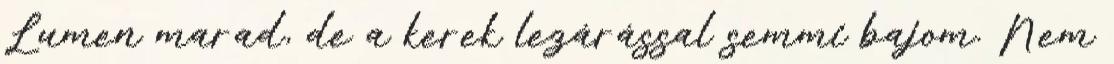
Lumen marad, de a kerek lezárással semmi bajom. Nem